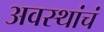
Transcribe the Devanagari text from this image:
अवस्थांचं